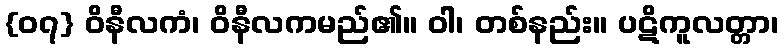
{၀၇} ဝိနီလကံ၊ ဝိနီလကမည်၏။ ဝါ၊ တစ်နည်း။ ပဋိကူလတ္တာ၊